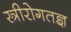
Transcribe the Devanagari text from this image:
स्त्रीरोगतज्ञ